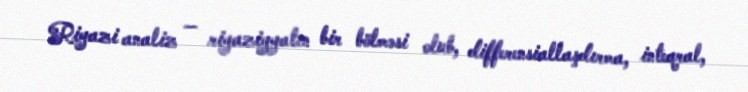
Riyazi analiz — riyaziyyatın bir bölməsi olub, differensiallaşdırma, inteqral,